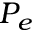
P _ { e }